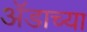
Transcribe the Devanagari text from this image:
ॲडाच्या